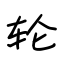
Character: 轮